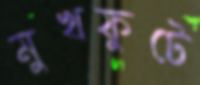
মুখফুটে